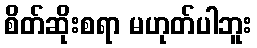
စိတ်ဆိုးစရာ မဟုတ်ပါဘူး